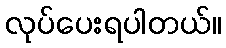
လုပ်ပေးရပါတယ်။